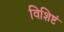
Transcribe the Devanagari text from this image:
विशिष्टं